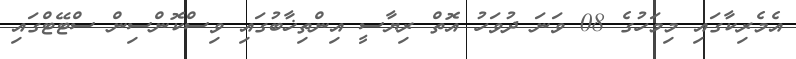
އެމެރިކާގައި މިމަހުގެ 08 ވަނަ ދުވަހު އޮތް ރިޔާސީ އިންތިޚާބުގައި ވިސްކޮންސިން ސްޓޭޓްގައި